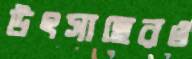
উৎসাহেরও